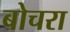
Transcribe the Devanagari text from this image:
बोचरा